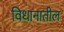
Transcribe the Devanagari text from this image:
विधानातील